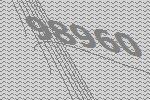
98960